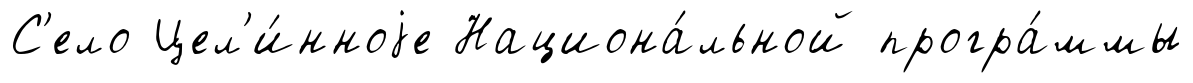
С'ело Цел'и́нноjе Национа́льной програ́ммы